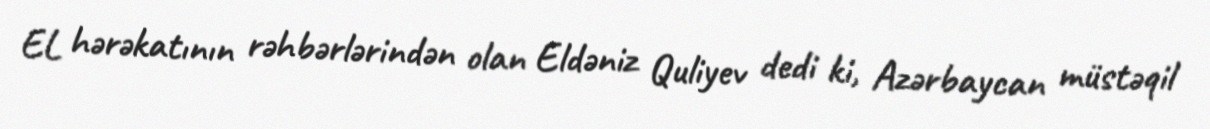
EL hərəkatının rəhbərlərindən olan Eldəniz Quliyev dedi ki, Azərbaycan müstəqil